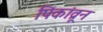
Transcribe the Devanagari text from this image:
पिकांव्रून